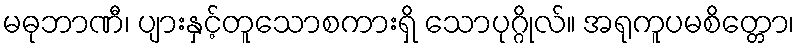
မဓုဘာဏီ၊ ပျားနှင့်တူသောစကားရှိ သောပုဂ္ဂိုလ်။ အရုကူပမစိတ္တော၊